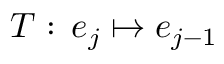
T : \, e _ { j } \mapsto e _ { j - 1 }